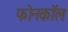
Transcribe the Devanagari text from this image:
फोनकाॅल